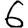
Digit: 6